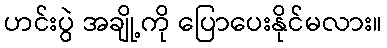
ဟင်းပွဲ အချို့ကို ပြောပေးနိုင်မလား။